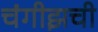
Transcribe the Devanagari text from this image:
चंगीझची